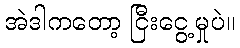
အဲဒါကတော့ ငြီးငွေ့မှုပဲ။